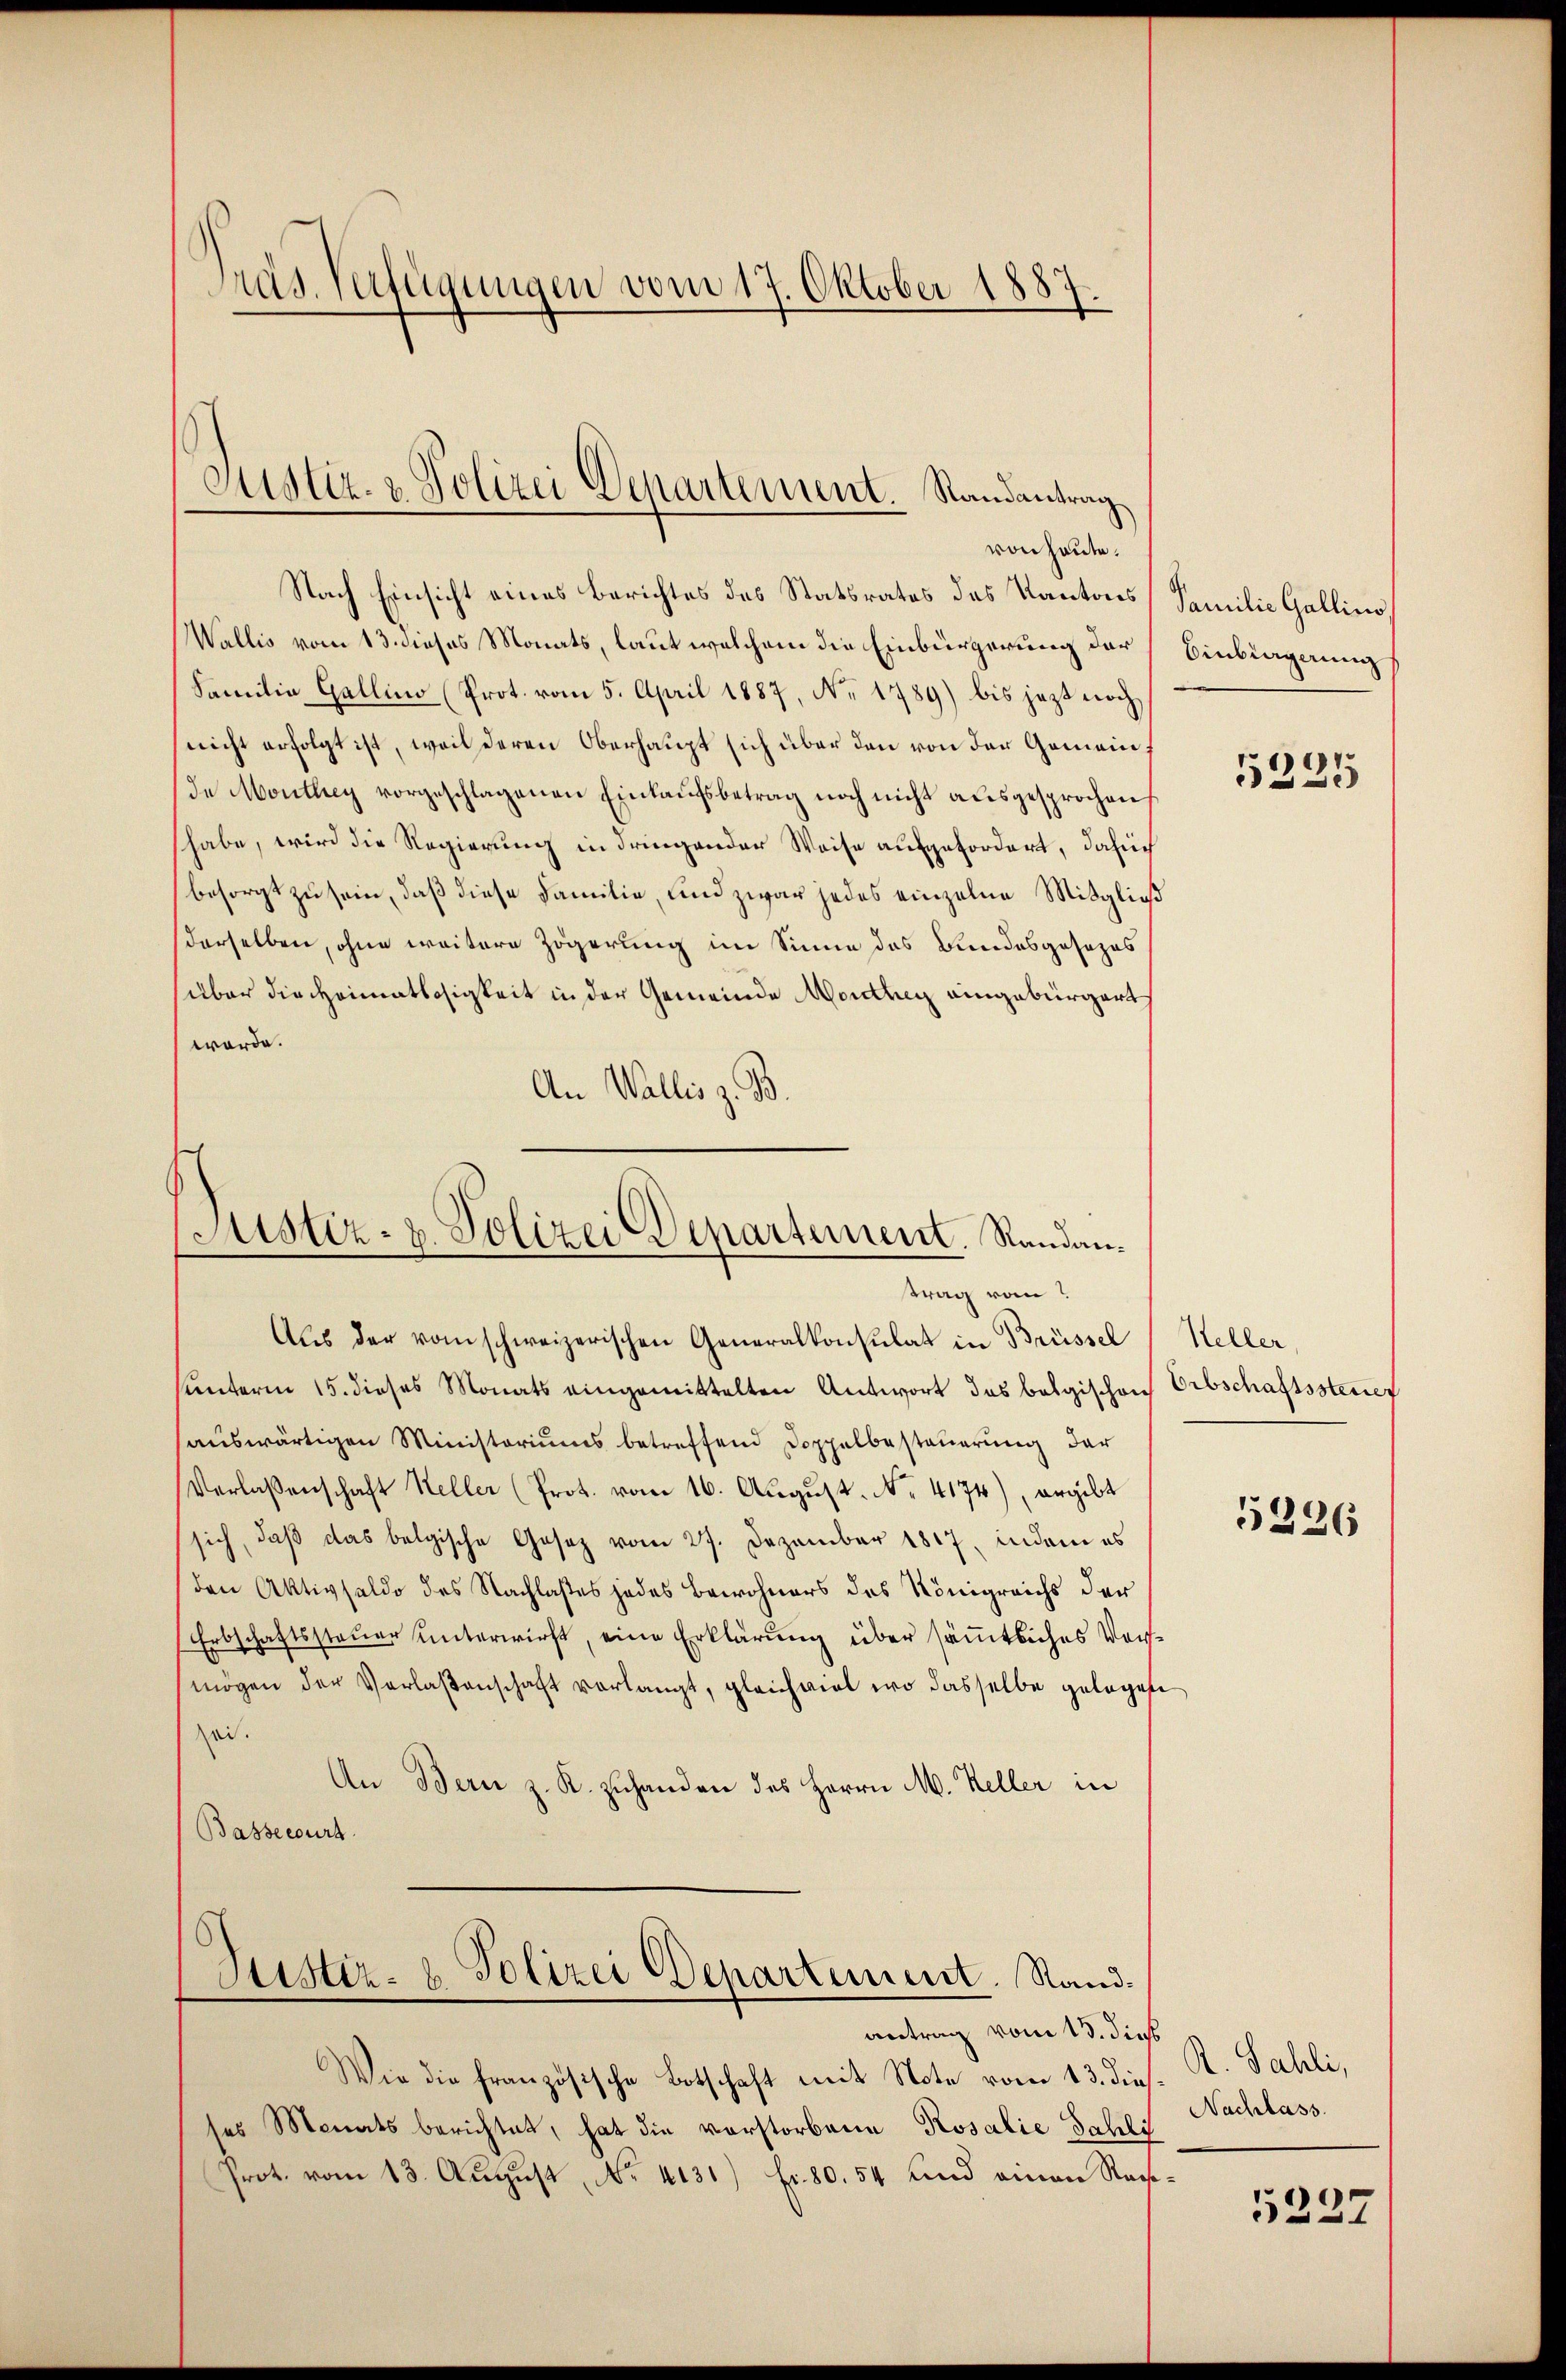
ras Verfügungen vom 17. Oktober 1887.

Justiz- & Polizei Departement Randantrag
von heute.

Nach Einsicht eines Berichtes des Statsrates des Kantons Familie Gallino,
Wallis vom 13. dieses Monats, laut welchem die Einbürgerung der Einbiagung
Familie Gallino (Prot. vom 5. April 1887, No 1789) bis jezt noch
nicht erfolgt ist, weil deren Oberhaupt sich über den von der Gemein¬
Ie Monthey vorgeschlagenen Einkaufsbetrag noch nicht ausgesprochen
habe, wird die Regierung in dringender Weise aufgefordert, dasi
besorgt zu sein, daß diese Familie, und zwar jedes einzelne Mitgließ
derselben, ohne weitere Zögerung im Sinne des Bundesgesezes
süber die Heimatlosigkeit in der Gemeinde Monthey eingebürgert
werde.
An Wallis z. B.

Justiz- u. Polizei Departement. Randantrag vom

Aŭs der vom schweizerischen Generalkonsulat in Brüssel (Heller,
hunterm 15. dieses Monats eingemittelten Antwort des belgischon Erbschaftssteuer
auswärtigen Ministoriums betreffend Doppelbesteuerung der
Verlassenschaft Heller (Prot. vom 16. August. No. 4174), ergibt
sich, daβ das belgische Gesetz vom 27. Dezember 1817, indem es
den Aktivsaldo des Nachlaßes jedes Bewohners des Königreichs der
Erbschaftssteuer unterwirft, eine Erklärung über sämmtliches Vormögen der Verlaßenschaft vorlangt, gleichviel wo dasselbe gelegete
sei.
An Bern z. K. zuhanden des Herrn M. Keller in
Bassecurt
Justiz- & Polizei Departement. Stand.
antrag vom 13. dies
Wie die französische Botschaft mit Note vom 13. dies. K. Sahli,
ses Monats berichtet, hat die vorstorbene Rosalie Jahli
Prot. vom 13. August, No. 4131) fr. 80. 54 und einen Rach¬

5225

5226

Nachlass.

5227